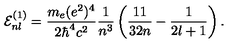
{ \cal E } _ { n l } ^ { ( 1 ) } = \frac { m _ { e } ( e ^ { 2 } ) ^ { 4 } } { 2 \hbar ^ { 4 } c ^ { 2 } } \frac { 1 } { n ^ { 3 } } \left( \frac { 1 1 } { 3 2 n } - \frac { 1 } { 2 l + 1 } \right) .